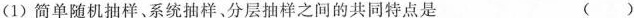
(1)简单随机抽样、系统抽样、分层抽样之间的共同特点是 ( )